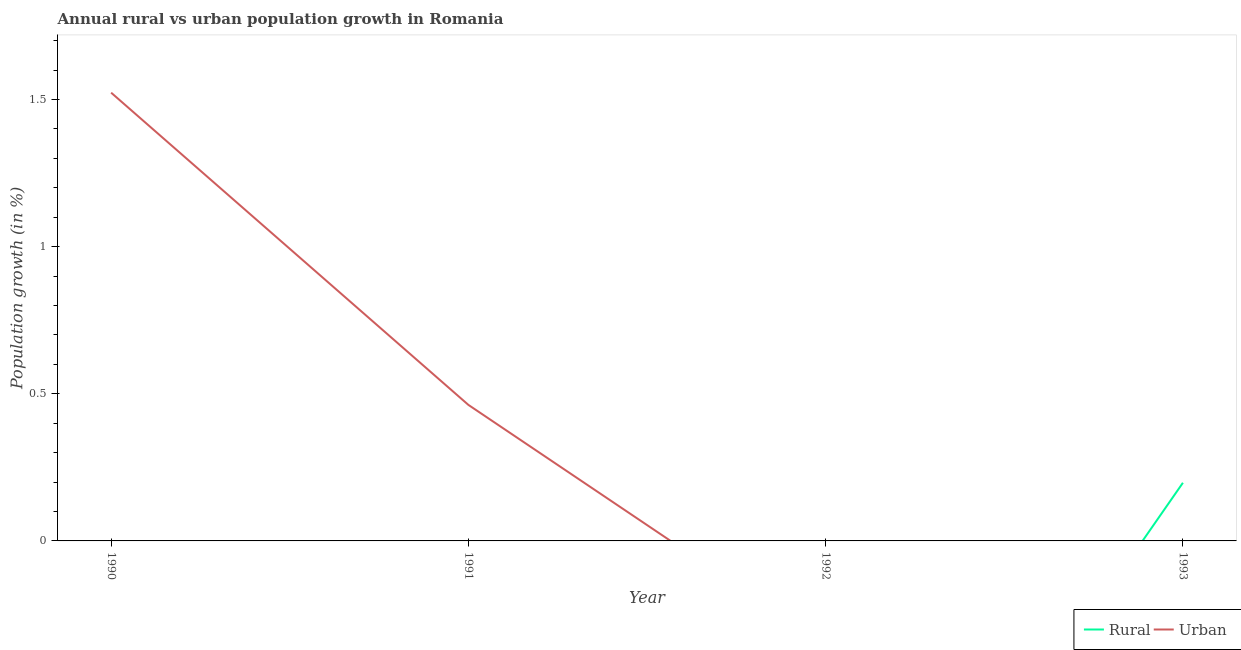
| Year | Rural | Urban  |
 | --- | --- | --- |
 | 1990 | -1.34 | 1.52 |
 | 1991 | -2.4 | 0.462 |
 | 1992 | -1.55 | -0.354 |
 | 1993 | 0.198 | -0.419 |